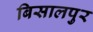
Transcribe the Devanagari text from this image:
बिसालपुर